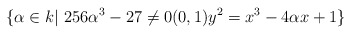
\begin{align*}\{\alpha\in k|\ 256\alpha^3-27\neq 0 (0,1) y^2=x^3-4\alpha x+1\}\end{align*}